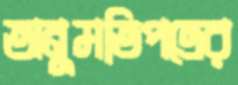
অনুমতিপত্রের